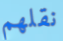
نقلهم